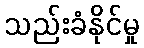
သည်းခံနိုင်မှု